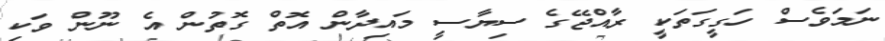
ނަމަވެސް ހަގީގަތަކީ ރާއްޖޭގެ ސިޔާސީ މައިދާން އޮތް ގޮތުން އެ ނޫން ވަކި